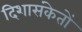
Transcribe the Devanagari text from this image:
दिशासंकेतों